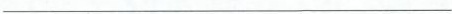
___